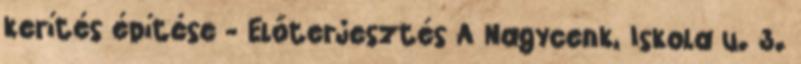
kerítés építése - Előterjesztés A Nagycenk, Iskola u. 3.